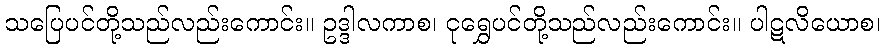
သပြေပင်တို့သည်လည်းကောင်း။ ဥဒ္ဒါလကာစ၊ ငုရွှေပင်တို့သည်လည်းကောင်း။ ပါဋလိယောစ၊